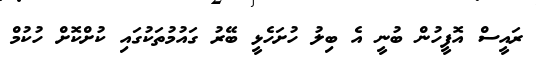
ރައީސް އޮފީހުން ބުނީ އެ ބިލު ހުށަހެޅީ ބޭރު ގައުމުތަކުގައި ކުށްކޮށް ހުކުމް